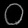
Digit: ၀